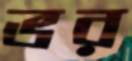
ভর